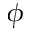
\phi